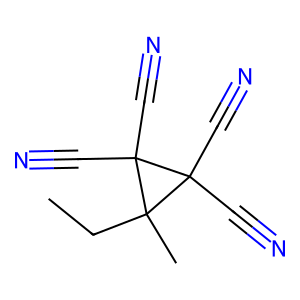
SMILES: CCC1(C)C(C#N)(C#N)C1(C#N)C#N
Inhibits HIV replication: No